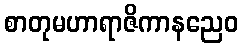
စာတုမဟာရာဇိကာနညေဝ